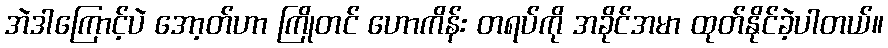
အဲဒါကြောင့်ပဲ အော့တ်ဟာ ကြိုတင် ဟောကိန်း တရပ်ကို အခိုင်အမာ ထုတ်နိုင်ခဲ့ပါတယ်။